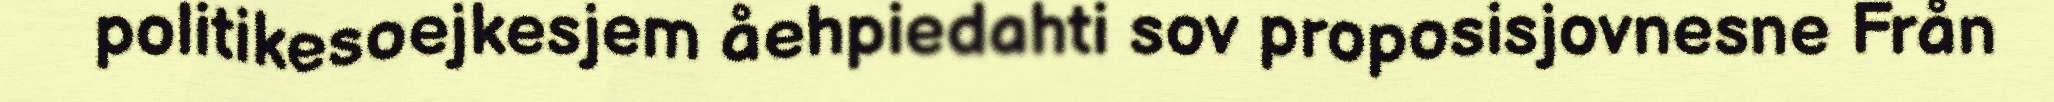
politikesoejkesjem åehpiedahti sov proposisjovnesne Från